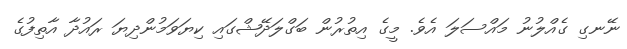
ނޭނގި ގެއްލުނު މައްސަލަ އެވެ. މީގެ އިތުރުން ބަގްލަދޭޝްގައި ކިޔަވަމުންދިޔަ ރައުދާ އާތިފުގެ